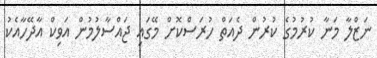
ނަޒްލާ މަނާ ކުރުމުގެ ކުރުން ދެއަތް ހުރަސްކޮށް މޭގައި ޖައްސާލުމުން އަވިކް އާދޭހާއެކު